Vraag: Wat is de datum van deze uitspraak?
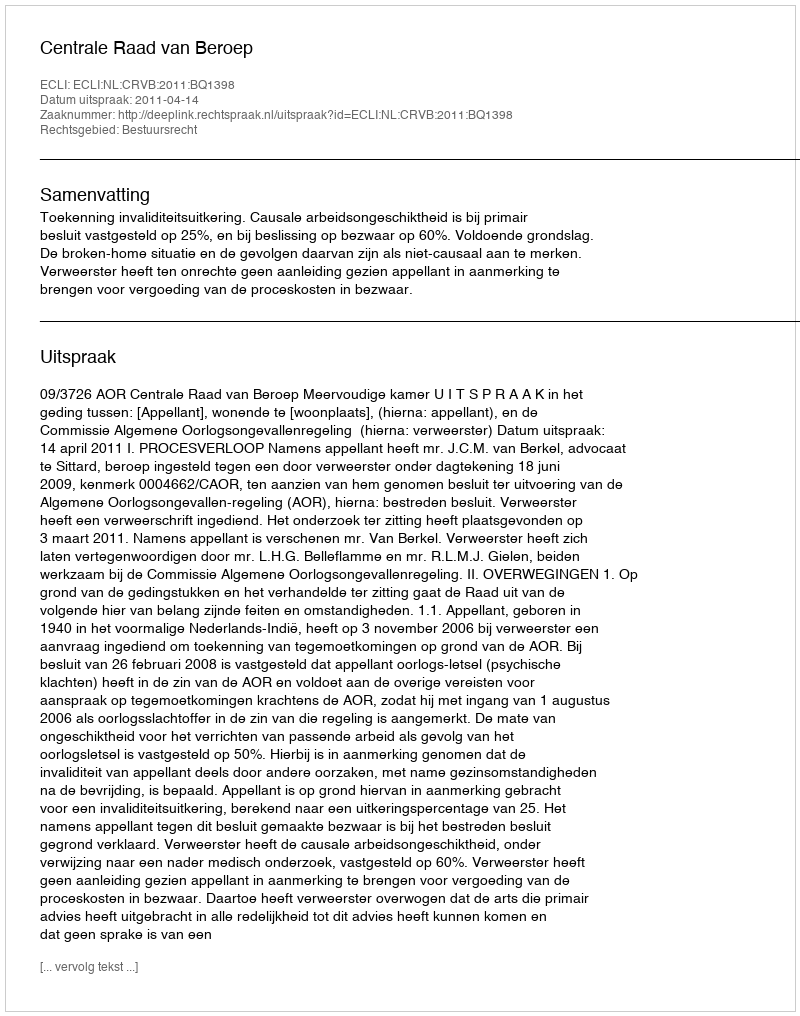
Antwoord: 2011-04-14